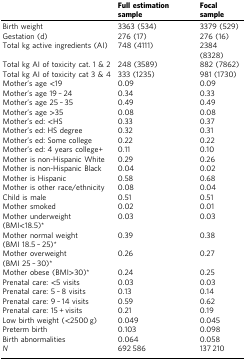
<table><thead><tr><td></td><td><b>Full estimation sample</b></td><td><b>Focal sample</b></td></tr></thead><tbody><tr><td>Birth weight</td><td>3363 (534)</td><td>3379 (529)</td></tr><tr><td>Gestation (d)</td><td>276 (17)</td><td>276 (16)</td></tr><tr><td>Total kg active ingredients (AI)</td><td>748 (4111)</td><td>2384 (8328)</td></tr><tr><td>Total kg AI of toxicity cat. 1 &amp; 2</td><td>248 (3589)</td><td>882 (7862)</td></tr><tr><td>Total kg AI of toxicity cat 3 &amp; 4</td><td>333 (1235)</td><td>981 (1730)</td></tr><tr><td>Mother’s age &lt;19</td><td>0.09</td><td>0.09</td></tr><tr><td>Mother’s age 19 – 24</td><td>0.34</td><td>0.33</td></tr><tr><td>Mother’s age 25 – 35</td><td>0.49</td><td>0.49</td></tr><tr><td>Mother’s age &gt;35</td><td>0.08</td><td>0.08</td></tr><tr><td>Mother’s ed: &lt;HS</td><td>0.33</td><td>0.37</td></tr><tr><td>Mother’s ed: HS degree</td><td>0.32</td><td>0.31</td></tr><tr><td>Mother’s ed: Some college</td><td>0.22</td><td>0.22</td></tr><tr><td>Mother’s ed: 4 years college+</td><td>0.11</td><td>0.10</td></tr><tr><td>Mother is non-Hispanic White</td><td>0.29</td><td>0.26</td></tr><tr><td>Mother is non-Hispanic Black</td><td>0.04</td><td>0.02</td></tr><tr><td>Mother is Hispanic</td><td>0.58</td><td>0.68</td></tr><tr><td>Mother is other race/ethnicity</td><td>0.08</td><td>0.04</td></tr><tr><td>Child is male</td><td>0.51</td><td>0.51</td></tr><tr><td>Mother smoked</td><td>0.02</td><td>0.01</td></tr><tr><td>Mother underweight (BMI&lt;18.5)*</td><td>0.03</td><td>0.03</td></tr><tr><td>Mother normal weight (BMI 18.5 – 25)*</td><td>0.39</td><td>0.38</td></tr><tr><td>Mother overweight (BMI 25 – 30)*</td><td>0.26</td><td>0.27</td></tr><tr><td>Mother obese (BMI&gt;30)*</td><td>0.24</td><td>0.25</td></tr><tr><td>Prenatal care: &lt;5 visits</td><td>0.03</td><td>0.03</td></tr><tr><td>Prenatal care: 5 – 8 visits</td><td>0.13</td><td>0.14</td></tr><tr><td>Prenatal care: 9 – 14 visits</td><td>0.59</td><td>0.62</td></tr><tr><td>Prenatal care: 15 + visits</td><td>0.21</td><td>0.19</td></tr><tr><td>Low birth weight (&lt;2500 g)</td><td>0.049</td><td>0.045</td></tr><tr><td>Preterm birth</td><td>0.103</td><td>0.098</td></tr><tr><td>Birth abnormalities</td><td>0.064</td><td>0.058</td></tr><tr><td><i>N</i></td><td>692 586</td><td>137 210</td></tr></tbody></table>